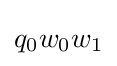
q_{0}w_{0}w_{1}